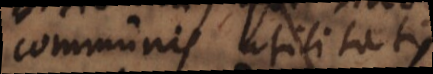
communis utilitatis